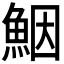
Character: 𩶾